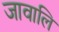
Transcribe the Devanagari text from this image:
जावालि